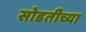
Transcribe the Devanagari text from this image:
सोडतीच्या